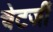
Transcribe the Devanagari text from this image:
चेटर्जी